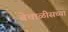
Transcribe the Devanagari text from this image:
बेचाळीसच्या